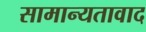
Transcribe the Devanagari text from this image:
सामान्यतावाद